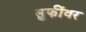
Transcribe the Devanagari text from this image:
सुफींवर